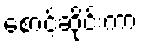
စောင့်ဆိုင်းကာ